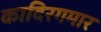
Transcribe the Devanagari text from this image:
कादिरगमार